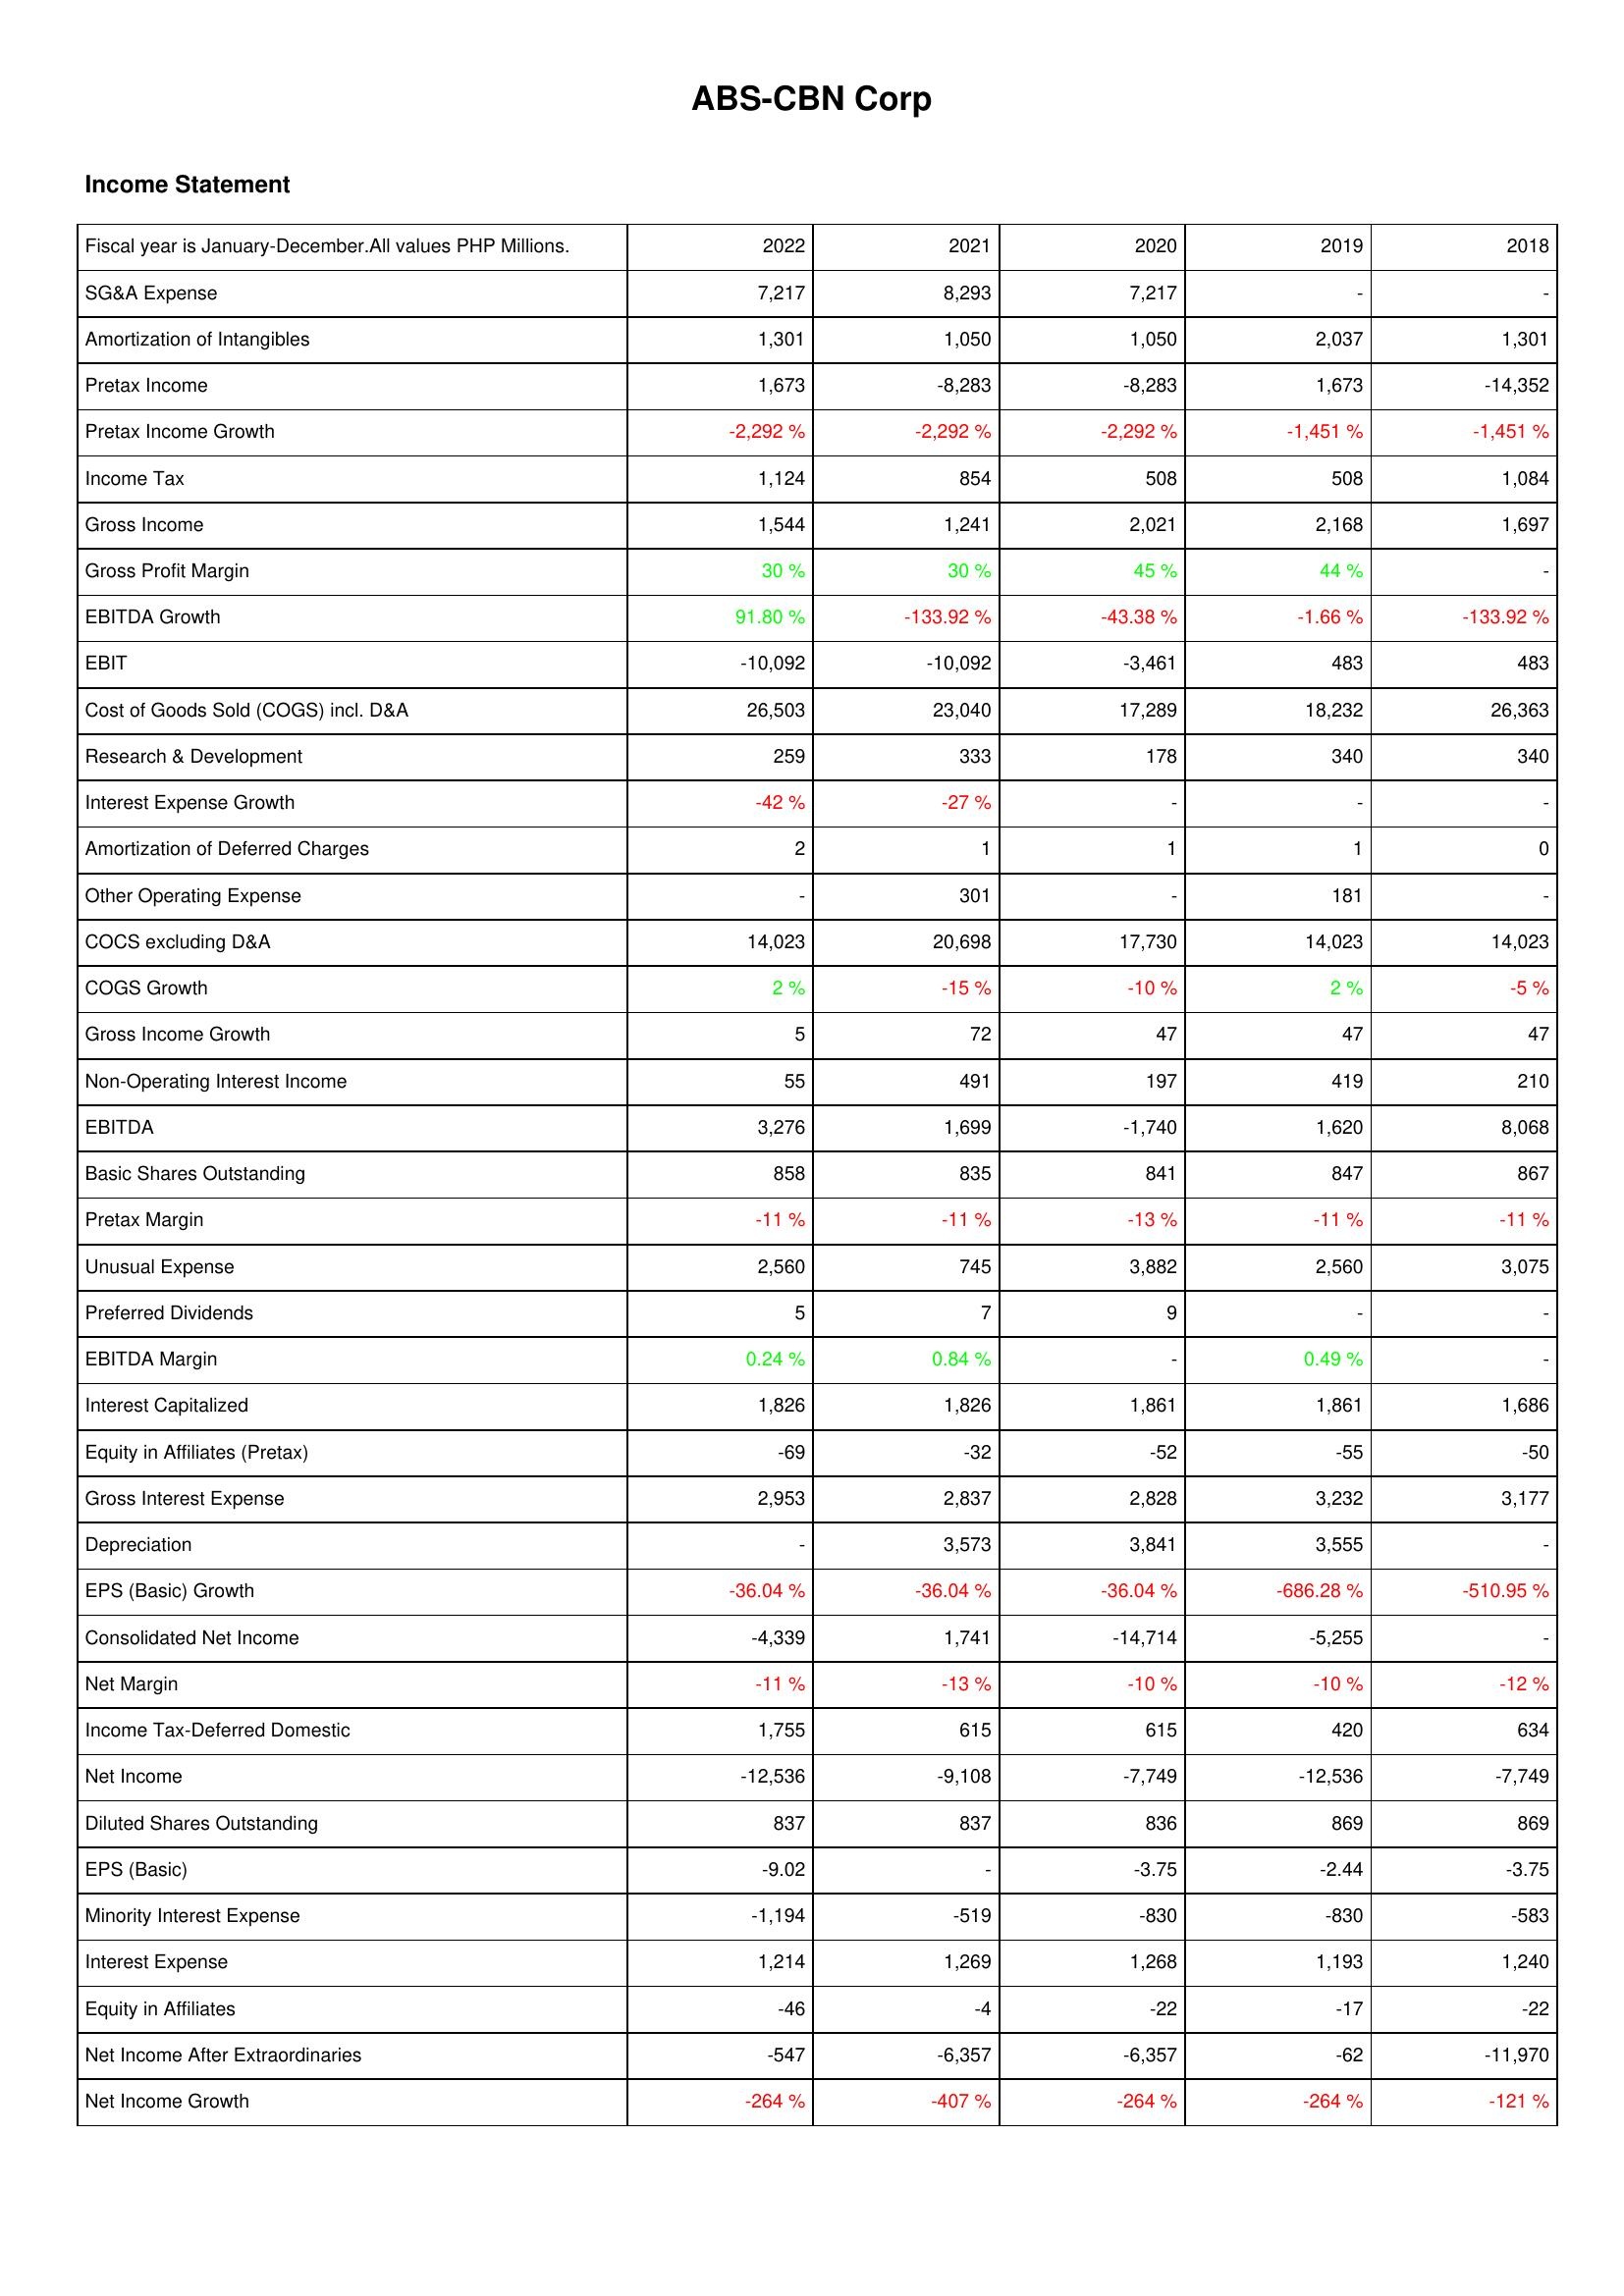
2022: Income Statement: SG&A Expense: 7,217
Amortization of Intangibles: 1,301
Pretax Income: 1,673
Pretax Income Growth: -2,292 %
Income Tax: 1,124
Gross Income: 1,544
Gross Profit Margin: 30 %
EBITDA Growth: 91.80 %
EBIT: -10,092
Cost of Goods Sold (COGS) incl. D&A: 26,503
Research & Development: 259
Interest Expense Growth: -42 %
Amortization of Deferred Charges: 2
Other Operating Expense: -
COCS excluding D&A: 14,023
COGS Growth: 2 %
Gross Income Growth: 5
Non-Operating Interest Income: 55
EBITDA: 3,276
Basic Shares Outstanding: 858
Pretax Margin: -11 %
Unusual Expense: 2,560
Preferred Dividends: 5
EBITDA Margin: 0.24 %
Interest Capitalized: 1,826
Equity in Affiliates (Pretax): -69
Gross Interest Expense: 2,953
Depreciation: -
EPS (Basic) Growth: -36.04 %
Consolidated Net Income: -4,339
Net Margin: -11 %
Income Tax-Deferred Domestic: 1,755
Net Income: -12,536
Diluted Shares Outstanding: 837
EPS (Basic): -9.02
Minority Interest Expense: -1,194
Interest Expense: 1,214
Equity in Affiliates: -46
Net Income After Extraordinaries: -547
Net Income Growth: -264 %
2021: Income Statement: SG&A Expense: 8,293
Amortization of Intangibles: 1,050
Pretax Income: -8,283
Pretax Income Growth: -2,292 %
Income Tax: 854
Gross Income: 1,241
Gross Profit Margin: 30 %
EBITDA Growth: -133.92 %
EBIT: -10,092
Cost of Goods Sold (COGS) incl. D&A: 23,040
Research & Development: 333
Interest Expense Growth: -27 %
Amortization of Deferred Charges: 1
Other Operating Expense: 301
COCS excluding D&A: 20,698
COGS Growth: -15 %
Gross Income Growth: 72
Non-Operating Interest Income: 491
EBITDA: 1,699
Basic Shares Outstanding: 835
Pretax Margin: -11 %
Unusual Expense: 745
Preferred Dividends: 7
EBITDA Margin: 0.84 %
Interest Capitalized: 1,826
Equity in Affiliates (Pretax): -32
Gross Interest Expense: 2,837
Depreciation: 3,573
EPS (Basic) Growth: -36.04 %
Consolidated Net Income: 1,741
Net Margin: -13 %
Income Tax-Deferred Domestic: 615
Net Income: -9,108
Diluted Shares Outstanding: 837
EPS (Basic): -
Minority Interest Expense: -519
Interest Expense: 1,269
Equity in Affiliates: -4
Net Income After Extraordinaries: -6,357
Net Income Growth: -407 %
2020: Income Statement: SG&A Expense: 7,217
Amortization of Intangibles: 1,050
Pretax Income: -8,283
Pretax Income Growth: -2,292 %
Income Tax: 508
Gross Income: 2,021
Gross Profit Margin: 45 %
EBITDA Growth: -43.38 %
EBIT: -3,461
Cost of Goods Sold (COGS) incl. D&A: 17,289
Research & Development: 178
Interest Expense Growth: -
Amortization of Deferred Charges: 1
Other Operating Expense: -
COCS excluding D&A: 17,730
COGS Growth: -10 %
Gross Income Growth: 47
Non-Operating Interest Income: 197
EBITDA: -1,740
Basic Shares Outstanding: 841
Pretax Margin: -13 %
Unusual Expense: 3,882
Preferred Dividends: 9
EBITDA Margin: -
Interest Capitalized: 1,861
Equity in Affiliates (Pretax): -52
Gross Interest Expense: 2,828
Depreciation: 3,841
EPS (Basic) Growth: -36.04 %
Consolidated Net Income: -14,714
Net Margin: -10 %
Income Tax-Deferred Domestic: 615
Net Income: -7,749
Diluted Shares Outstanding: 836
EPS (Basic): -3.75
Minority Interest Expense: -830
Interest Expense: 1,268
Equity in Affiliates: -22
Net Income After Extraordinaries: -6,357
Net Income Growth: -264 %
2019: Income Statement: SG&A Expense: -
Amortization of Intangibles: 2,037
Pretax Income: 1,673
Pretax Income Growth: -1,451 %
Income Tax: 508
Gross Income: 2,168
Gross Profit Margin: 44 %
EBITDA Growth: -1.66 %
EBIT: 483
Cost of Goods Sold (COGS) incl. D&A: 18,232
Research & Development: 340
Interest Expense Growth: -
Amortization of Deferred Charges: 1
Other Operating Expense: 181
COCS excluding D&A: 14,023
COGS Growth: 2 %
Gross Income Growth: 47
Non-Operating Interest Income: 419
EBITDA: 1,620
Basic Shares Outstanding: 847
Pretax Margin: -11 %
Unusual Expense: 2,560
Preferred Dividends: -
EBITDA Margin: 0.49 %
Interest Capitalized: 1,861
Equity in Affiliates (Pretax): -55
Gross Interest Expense: 3,232
Depreciation: 3,555
EPS (Basic) Growth: -686.28 %
Consolidated Net Income: -5,255
Net Margin: -10 %
Income Tax-Deferred Domestic: 420
Net Income: -12,536
Diluted Shares Outstanding: 869
EPS (Basic): -2.44
Minority Interest Expense: -830
Interest Expense: 1,193
Equity in Affiliates: -17
Net Income After Extraordinaries: -62
Net Income Growth: -264 %
2018: Income Statement: SG&A Expense: -
Amortization of Intangibles: 1,301
Pretax Income: -14,352
Pretax Income Growth: -1,451 %
Income Tax: 1,084
Gross Income: 1,697
Gross Profit Margin: -
EBITDA Growth: -133.92 %
EBIT: 483
Cost of Goods Sold (COGS) incl. D&A: 26,363
Research & Development: 340
Interest Expense Growth: -
Amortization of Deferred Charges: 0
Other Operating Expense: -
COCS excluding D&A: 14,023
COGS Growth: -5 %
Gross Income Growth: 47
Non-Operating Interest Income: 210
EBITDA: 8,068
Basic Shares Outstanding: 867
Pretax Margin: -11 %
Unusual Expense: 3,075
Preferred Dividends: -
EBITDA Margin: -
Interest Capitalized: 1,686
Equity in Affiliates (Pretax): -50
Gross Interest Expense: 3,177
Depreciation: -
EPS (Basic) Growth: -510.95 %
Consolidated Net Income: -
Net Margin: -12 %
Income Tax-Deferred Domestic: 634
Net Income: -7,749
Diluted Shares Outstanding: 869
EPS (Basic): -3.75
Minority Interest Expense: -583
Interest Expense: 1,240
Equity in Affiliates: -22
Net Income After Extraordinaries: -11,970
Net Income Growth: -121 %